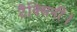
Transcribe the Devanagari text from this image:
टैक्सिनी।